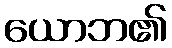
ယောဘ၏